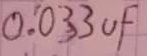
Text: 0.033µF